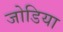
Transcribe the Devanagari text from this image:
जोडिया